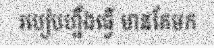
របៀបហ្នឹងធ្វើ មានតែមក